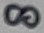
Text: 8